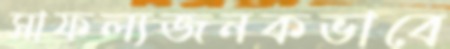
সাফল্যজনকভাবে